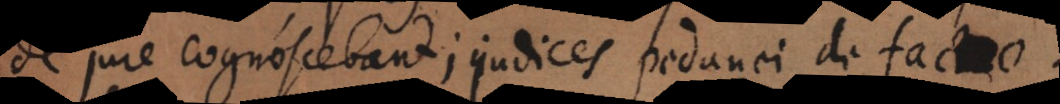
de jure cognoscebant; judices pedanei de facto;